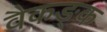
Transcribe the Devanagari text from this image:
वैकङ्क